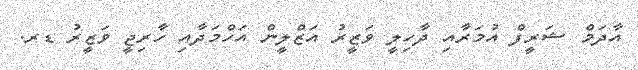
އާދަމް ޝަރީފް އުމަރާއި ދާހިލީ ވަޒީރު އަޒްލީން އަހްމަދާއި ހާރިޖީ ވަޒީރު ޑރ.